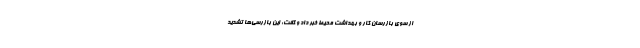
از سوی بازرسان کار و بهداشت محیط خبر داد و گفت: این بازرسی‌ها تشدید